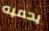
يحميه